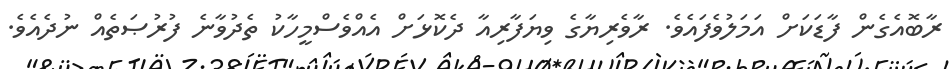
ރާބޮއެގެން ފާޑަކަށް އަމަލުވެފައެވެ. ރާވެރިޔާގެ ވިޔަފާރިއާ ދެކޮޅަށް އެއްވެސްމީހާކު ތެދުވާނެ ފުރުޞަތެއް ނުދެއެވެ.